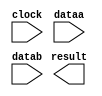
// megafunction wizard: %ALTFP_ADD_SUB%VBB%
// GENERATION: STANDARD
// VERSION: WM1.0
// MODULE: altfp_add_sub 

// ============================================================
// Megafunction Name(s):
// 			altfp_add_sub
//
// Simulation Library Files(s):
// 			lpm
// ============================================================
// ************************************************************
// THIS IS A WIZARD-GENERATED FILE. DO NOT EDIT THIS FILE!
//
// 18.1.0 Build 625 09/12/2018 SJ Standard Edition
// ************************************************************

//Copyright (C) 2018  Intel Corporation. All rights reserved.
//Your use of Intel Corporation's design tools, logic functions 
//and other software and tools, and its AMPP partner logic 
//functions, and any output files from any of the foregoing 
//(including device programming or simulation files), and any 
//associated documentation or information are expressly subject 
//to the terms and conditions of the Intel Program License 
//Subscription Agreement, the Intel Quartus Prime License Agreement,
//the Intel FPGA IP License Agreement, or other applicable license
//agreement, including, without limitation, that your use is for
//the sole purpose of programming logic devices manufactured by
//Intel and sold by Intel or its authorized distributors.  Please
//refer to the applicable agreement for further details.

module FPU_sub (
	clock,
	dataa,
	datab,
	result)/* synthesis synthesis_clearbox = 1 */;

	input	  clock;
	input	[31:0]  dataa;
	input	[31:0]  datab;
	output	[31:0]  result;

endmodule

// ============================================================
// CNX file retrieval info
// ============================================================
// Retrieval info: PRIVATE: FPM_FORMAT NUMERIC "0"
// Retrieval info: PRIVATE: INTENDED_DEVICE_FAMILY STRING "Cyclone 10 LP"
// Retrieval info: PRIVATE: SYNTH_WRAPPER_GEN_POSTFIX STRING "0"
// Retrieval info: PRIVATE: WIDTH_DATA NUMERIC "32"
// Retrieval info: LIBRARY: altera_mf altera_mf.altera_mf_components.all
// Retrieval info: CONSTANT: DENORMAL_SUPPORT STRING "NO"
// Retrieval info: CONSTANT: DIRECTION STRING "SUB"
// Retrieval info: CONSTANT: INTENDED_DEVICE_FAMILY STRING "Cyclone 10 LP"
// Retrieval info: CONSTANT: OPTIMIZE STRING "SPEED"
// Retrieval info: CONSTANT: PIPELINE NUMERIC "14"
// Retrieval info: CONSTANT: REDUCED_FUNCTIONALITY STRING "NO"
// Retrieval info: CONSTANT: WIDTH_EXP NUMERIC "8"
// Retrieval info: CONSTANT: WIDTH_MAN NUMERIC "23"
// Retrieval info: USED_PORT: clock 0 0 0 0 INPUT NODEFVAL "clock"
// Retrieval info: USED_PORT: dataa 0 0 32 0 INPUT NODEFVAL "dataa[31..0]"
// Retrieval info: USED_PORT: datab 0 0 32 0 INPUT NODEFVAL "datab[31..0]"
// Retrieval info: USED_PORT: result 0 0 32 0 OUTPUT NODEFVAL "result[31..0]"
// Retrieval info: CONNECT: @clock 0 0 0 0 clock 0 0 0 0
// Retrieval info: CONNECT: @dataa 0 0 32 0 dataa 0 0 32 0
// Retrieval info: CONNECT: @datab 0 0 32 0 datab 0 0 32 0
// Retrieval info: CONNECT: result 0 0 32 0 @result 0 0 32 0
// Retrieval info: GEN_FILE: TYPE_NORMAL FPU_sub.v TRUE
// Retrieval info: GEN_FILE: TYPE_NORMAL FPU_sub.inc FALSE
// Retrieval info: GEN_FILE: TYPE_NORMAL FPU_sub.cmp FALSE
// Retrieval info: GEN_FILE: TYPE_NORMAL FPU_sub.bsf FALSE
// Retrieval info: GEN_FILE: TYPE_NORMAL FPU_sub_inst.v FALSE
// Retrieval info: GEN_FILE: TYPE_NORMAL FPU_sub_bb.v TRUE
// Retrieval info: LIB_FILE: lpm